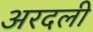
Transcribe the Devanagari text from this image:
अरदली